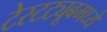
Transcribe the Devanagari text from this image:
टेस्टट्यूबमध्ये